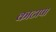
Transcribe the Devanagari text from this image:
काटापा